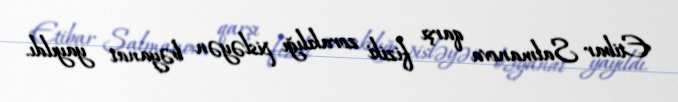
Etibar Salmanova qarşı fiziki zorakılığı pisləyən bəyanat yayıldı.